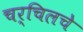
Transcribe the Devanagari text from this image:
चर्चिलचे